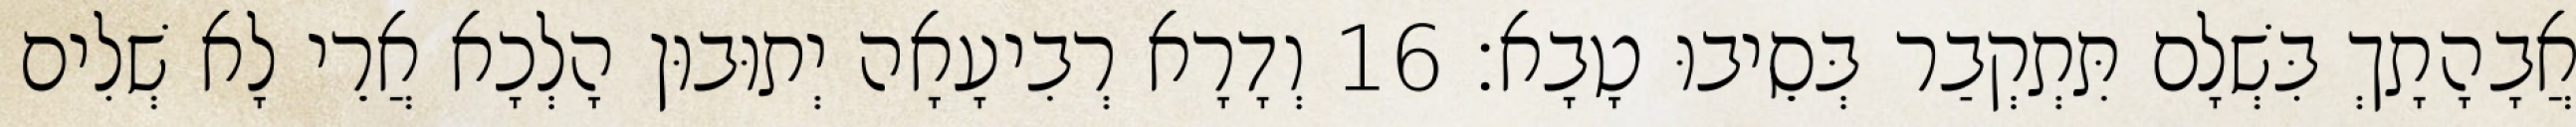
אֲבָהָתָךְ בִּשְׁלָם תִּתְקְבַר בְּסֵיבוּ טָבָא׃ 16 וְדָרָא רְבִיעָאָה יְתוּבוּן הָלְכָא אֲרֵי לָא שְׁלִים